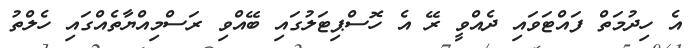
އެ ހިދުމަތް ފައްޓަވައި ދެއްވީ ރޭ އެ ހޮސްޕިޓަލުގައި ބޭއްވި ރަސްމިއްޔާތެއްގައި ހެލްތު